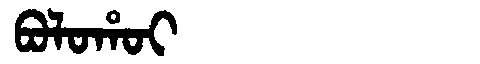
Manchu: ᠪᠣᠯᠣᡥᠣᡳ
Romanization: BOLOHOI